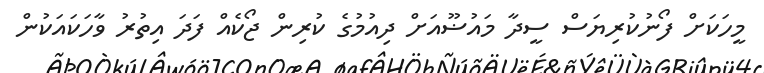
މީހަކަށް ފޯނުކުރިޔަސް ސީދާ މައުޟޫއަށް ދިއުމުގެ ކުރިން ޖޯކެއް ފަދަ އިތުރު ވާހަކައަކުން